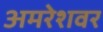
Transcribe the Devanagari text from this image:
अमरेशवर